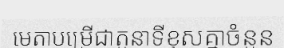
មេតាបម្រើជាតួនាទីខុសគ្នាចំនួន